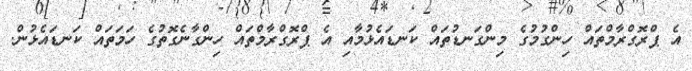
އެ ޕްރޮގްރާމްތައް ހިންގުމުގެ މިންގަނޑުތައް ކަނޑައެޅުމާއި އެ ޕްރޮގްރާމްތައް ހިންގާނެގޮތުގެ ހަމަތައް ކަނޑައެޅުން.